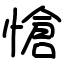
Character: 愴